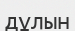
дұлын